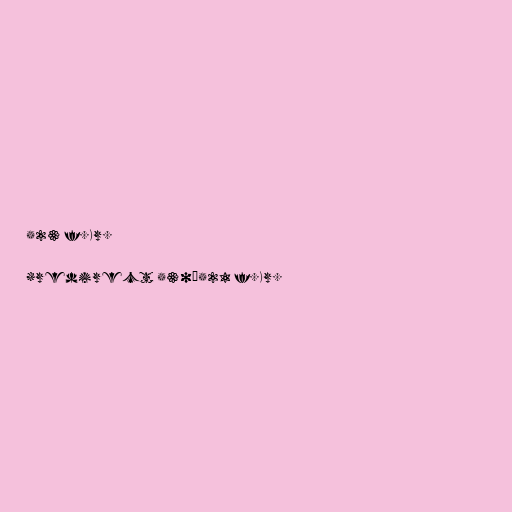
523 f.Kr.

#redirect 530–521 f.Kr.